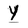
Character: Y